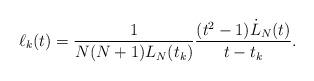
LaTeX: \begin{align*}\ell_k(t) = \displaystyle\frac{1}{N(N+1)L_N(t_k)}\frac{(t^2-1) \dot{L}_N(t)}{t-t_k}.\end{align*}